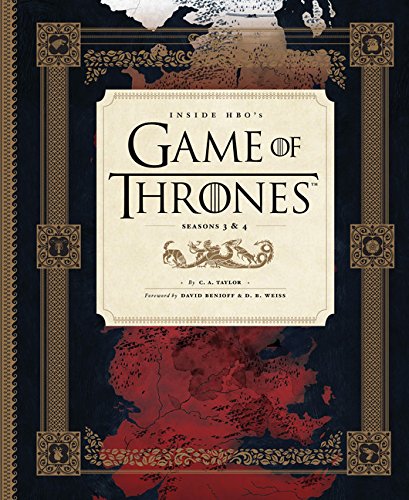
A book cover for Inside HBO's Game of Thrones: Season 3 & 4; C.A. Taylor; Humor & Entertainment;